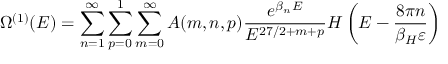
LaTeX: \Omega ^ { ( 1 ) } ( E ) = \sum _ { n = 1 } ^ { \infty } \sum _ { p = 0 } ^ { 1 } \sum _ { m = 0 } ^ { \infty } A ( m , n , p ) \frac { e ^ { \beta _ { n } E } } { E ^ { 2 7 / 2 + m + p } } { \cal H } \left( E - \frac { 8 \pi n } { \beta _ { H } \varepsilon } \right)